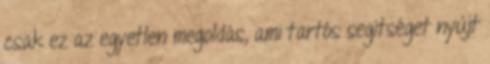
csak ez az egyetlen megoldás, ami tartós segítséget nyújt